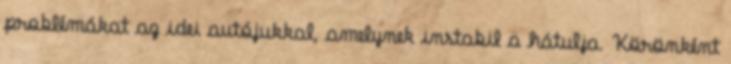
problémákat az idei autójukkal, amelynek instabil a hátulja. Körönként